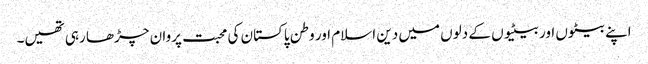
اپنے بیٹوں اور بیٹیوں کے دلوں میں دین اسلام اور وطن پاکستان کی محبت پروان چڑھا رہی تھیں۔